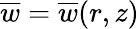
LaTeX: \overline{{w}}=\overline{{w}}(r,z)